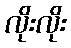
လိုးလိုး